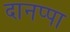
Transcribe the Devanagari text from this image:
दानप्पा